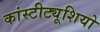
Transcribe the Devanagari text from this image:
कांस्टीट्यूशियो